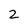
Character: 2